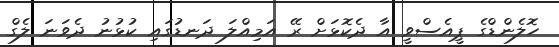
ހޮލެންޑްގެ ޕީއެސްވީ އާ ދެކޮޅަށް ރޭ އަމިއްލަ ދަނޑުގައި ކުޅުނު ދެވަނަ ލެގް